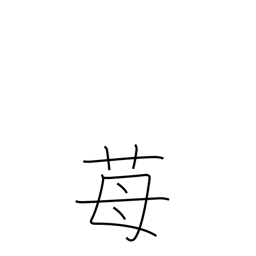
Meaning: strawberry